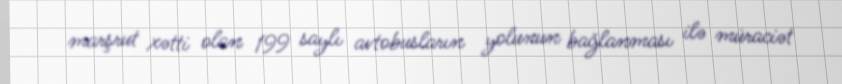
marşrut xətti olan 199 saylı avtobusların yolunun bağlanması ilə müraciət